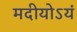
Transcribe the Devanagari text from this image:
मदीयोऽयं